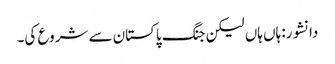
دانشور: ہاں ہاں لیکن جنگ پاکستان سے شروع کی۔